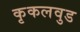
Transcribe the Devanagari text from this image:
कृकलवुड